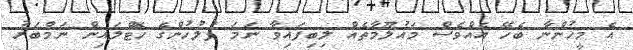
އެ މީހުންނާ ބެހޭ އެއްވެސް މައުލޫމާތެއް ލިބިފައިވާ ނަމަ ފުލުހުންގެ ހޮޓްލައިން ނަމްބަރު